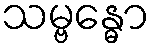
သမ္ဗန္ဓော